Scottish Leaving Certificate Examination, 1952
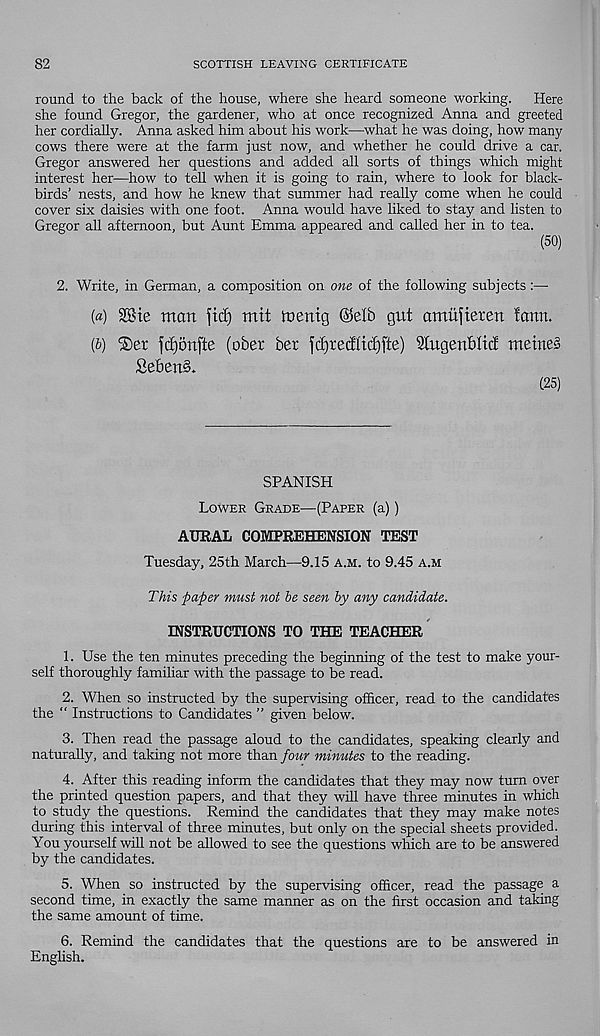
82
SCOTTISH LEAVING CERTIFICATE
round to the back of the house, where she heard someone working. Here
she found Gregor, the gardener, who at once recognized Anna and greeted
her cordially. Anna asked him about his work—what he was doing, how many
cows there were at the farm just now, and whether he could drive a car.
Gregor answered her questions and added all sorts of things which might
interest her—how to tell when it is going to rain, where to look for black-
birds’ nests, and how he knew that summer had really come when he could
cover six daisies with one foot. Anna would have liked to stay and listen to
Gregor all afternoon, but Aunt Emma appeared and called her in to tea.
(50)
2. Write, in German, a composition on one of the following subjects:—
[а) 28te man fid) mit mentg (Mb gut amitfteren fann.
(б) ®er fdjonfte (ober ber fcfyrectl'ictjfte) Slugenbltcf metneS
£eben§.
(25)
SPANISH
Lower Grade—(Paper (a))
AURAL COMPREHENSION TEST
Tuesday, 25th March—9.15 a.m. to 9.45 a.m
This paper must not he seen by any candidate.
INSTRUCTIONS TO THE TEACHER
1. Use the ten minutes preceding the beginning of the test to make your-
self thoroughly familiar with the passage to be read.
2. When so instructed by the supervising officer, read to the candidates
the “ Instructions to Candidates ” given below.
3. Then read the passage aloud to the candidates, speaking clearly and
naturally, and taking not more than four minutes to the reading.
4. After this reading inform the candidates that they may now turn over
the printed question papers, and that they will have three minutes in which
to study the questions. Remind the candidates that they may make notes
during this interval of three minutes, but only on the special sheets provided.
You yourself will not be allowed to see the questions which are to be answered
by the candidates.
5. When so instructed by the supervising officer, read the passage a
second time, in exactly the same manner as on the first occasion and taking
the same amount of time.
6. Remind the candidates that the questions are to be answered in
English.